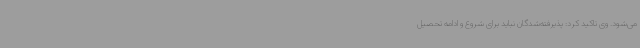
می‌شود. وی تاکید کرد: پذیرفته‌شدگان نباید برای شروع و ادامه تحصیل